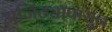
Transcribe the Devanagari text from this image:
अजिंठ्यापासून